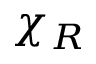
\chi _ { R }